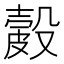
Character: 𥀎